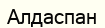
Алдаспан